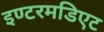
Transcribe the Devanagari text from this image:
इण्टरमडिएट